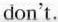
don't.